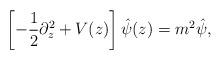
LaTeX: \begin{align*}\left [-{1 \over 2}\partial_z^2 +V(z) \right ] \hat{\psi}(z) = m^2 \hat{\psi},\end{align*}